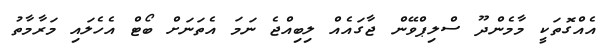
އެއްގޮތަކީ މާމެންދޫ ސްލިޕްވޭން ޖާގައެއް ލިބިއްޖެ ނަމަ އެތަނަށް ބޯޓް އެހެލައި މަރާމާތު